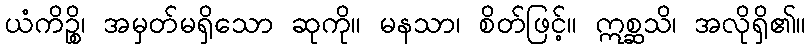
ယံကိဉ္စိ၊ အမှတ်မရှိသော ဆုကို။ မနသာ၊ စိတ်ဖြင့်။ ဣစ္ဆသိ၊ အလိုရှိ၏။